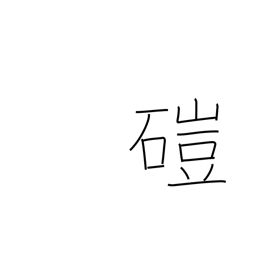
Meaning: hand mill